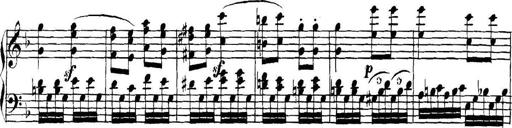
Title: Collected Piano Sonatas
Composer: Muzio Clementi